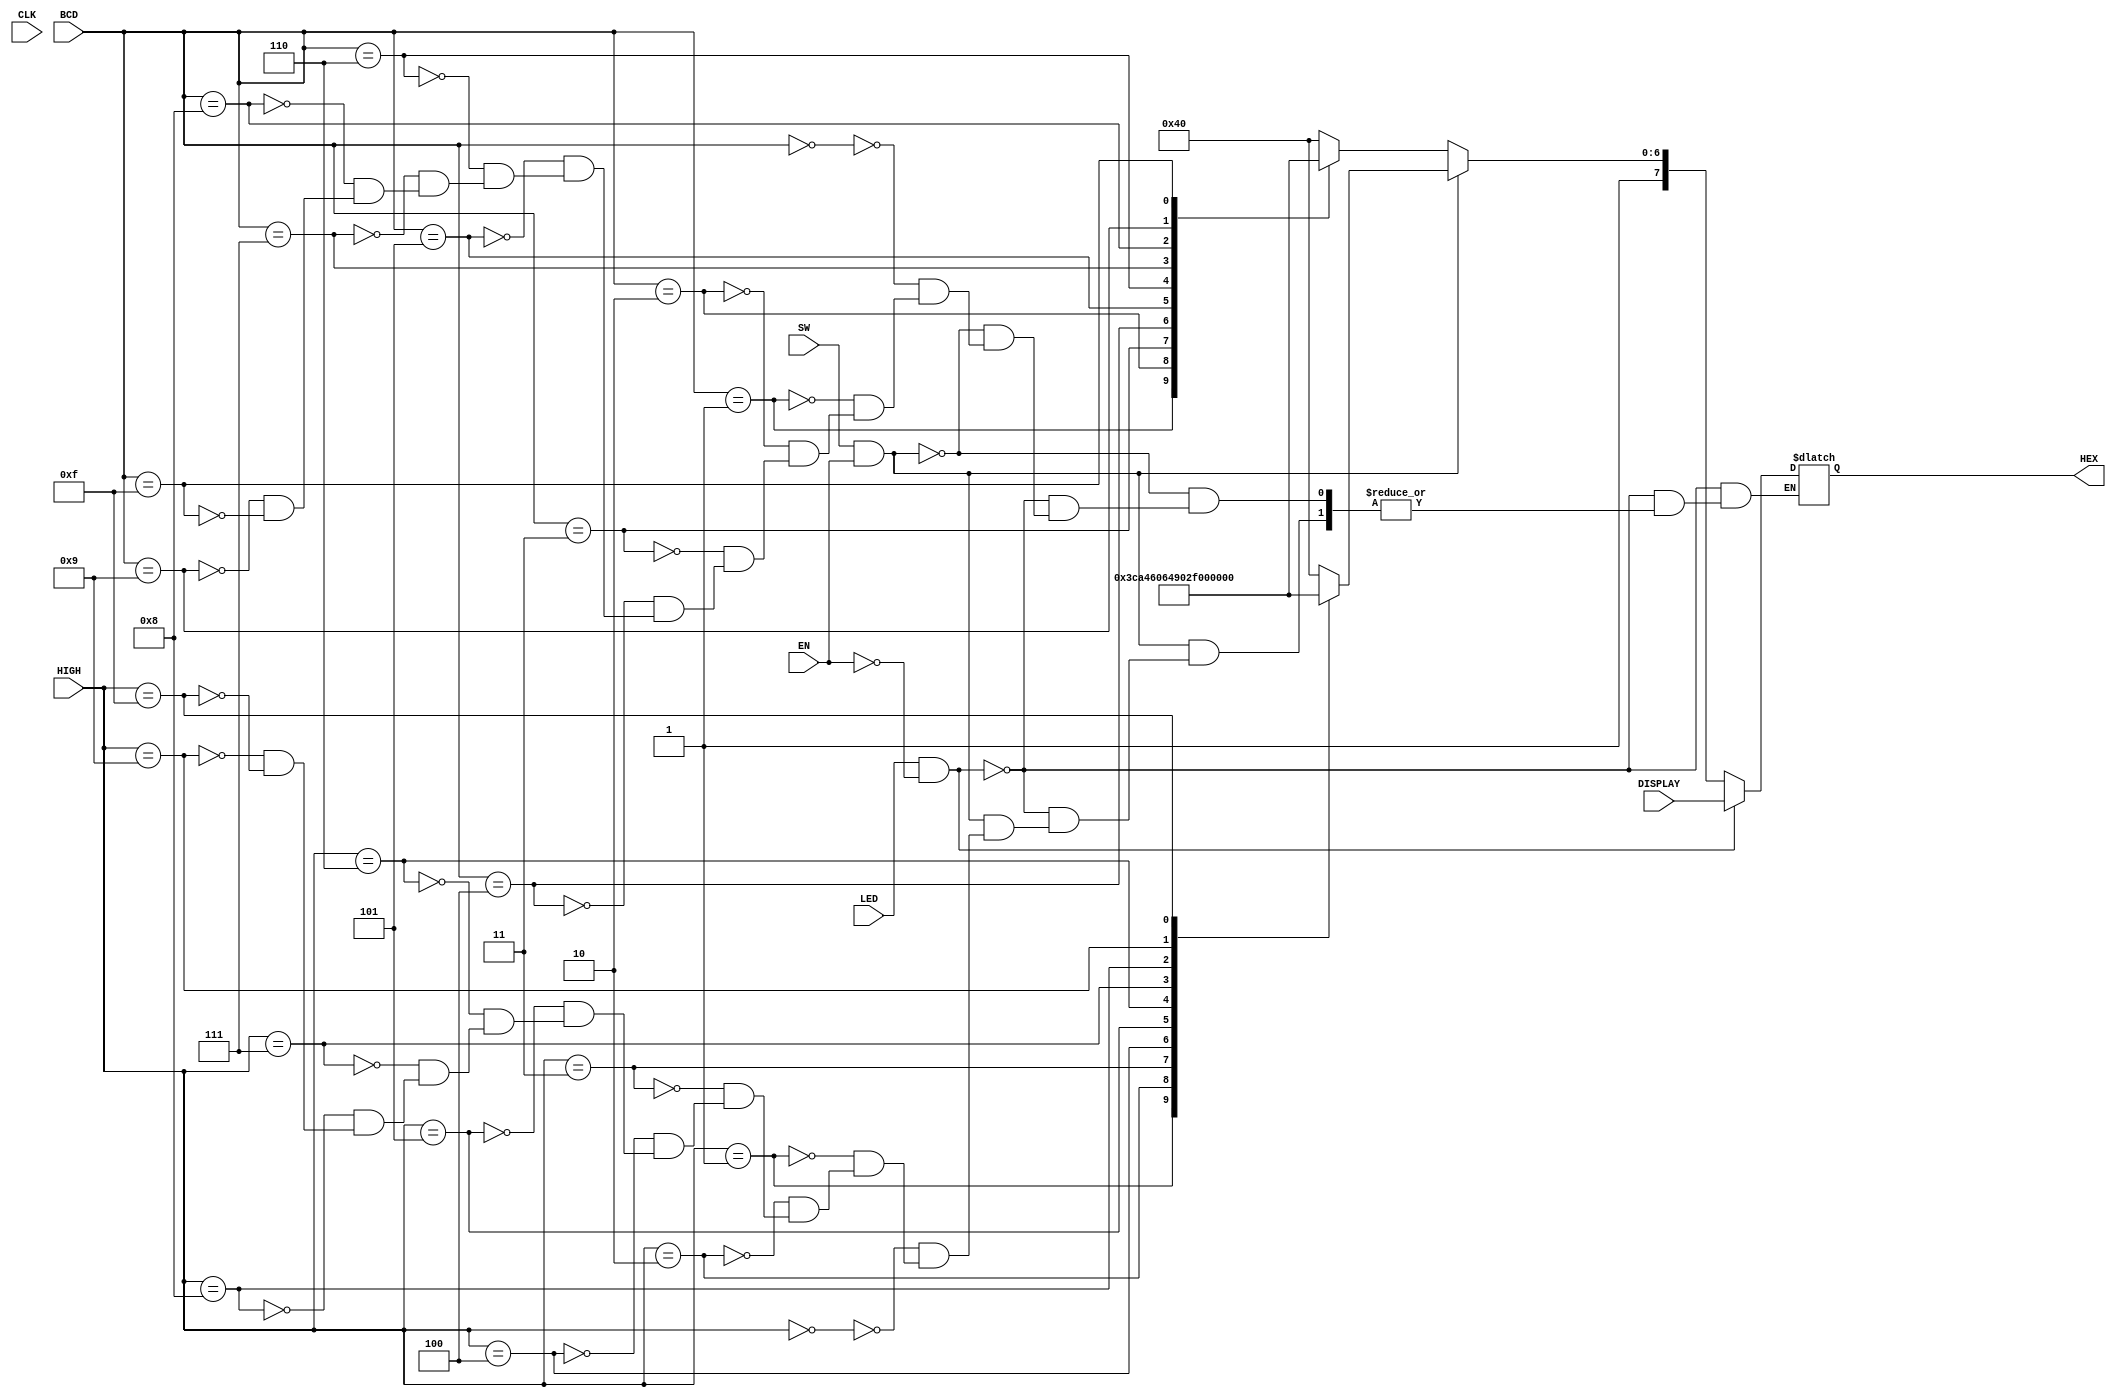
//Rudy Hill, Eric Dahl
//ECEN 2350
//Spring 2018
//
module BCD_decoder (LED,EN,CLK,SW,BCD,HIGH,HEX,DISPLAY);
	input CLK,SW,EN,LED;
	input [7:0] DISPLAY;
	input [3:0] BCD,HIGH;
	output reg [7:0] HEX;
	
	always @(CLK)
	begin
		if (LED & ~EN)
			HEX = DISPLAY;
		else if (SW & EN)
		begin
			case (HIGH)
				4'b0000: HEX = 8'b11000000;
				4'b0001: HEX = 8'b11111001;
				4'b0010: HEX = 8'b10100100;
				4'b0011: HEX = 8'b10110000;
				4'b0100: HEX = 8'b10011001;
				4'b0101: HEX = 8'b10010010;
				4'b0110: HEX = 8'b10000010;
				4'b0111: HEX = 8'b11111000;
				4'b1000: HEX = 8'b10000000;
				4'b1001: HEX = 8'b10010000;
				4'b1111: HEX = 8'b11111111;
			endcase
		end
		else
		begin
			case (BCD)
				4'b0000: HEX = 8'b11000000;
				4'b0001: HEX = 8'b11111001;
				4'b0010: HEX = 8'b10100100;
				4'b0011: HEX = 8'b10110000;
				4'b0100: HEX = 8'b10011001;
				4'b0101: HEX = 8'b10010010;
				4'b0110: HEX = 8'b10000010;
				4'b0111: HEX = 8'b11111000;
				4'b1000: HEX = 8'b10000000;
				4'b1001: HEX = 8'b10010000;
				4'b1111: HEX = 8'b11111111;
			endcase
		end
	end
endmodule